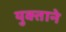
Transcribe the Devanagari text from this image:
युक्ताने